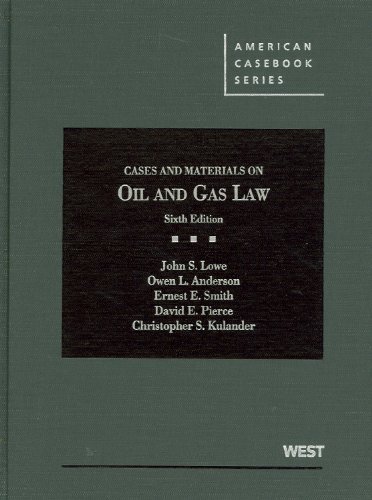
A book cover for Cases and Materials on Oil and Gas Law (American Casebook Series); John Lowe; Law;